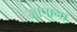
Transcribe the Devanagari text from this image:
मापाना